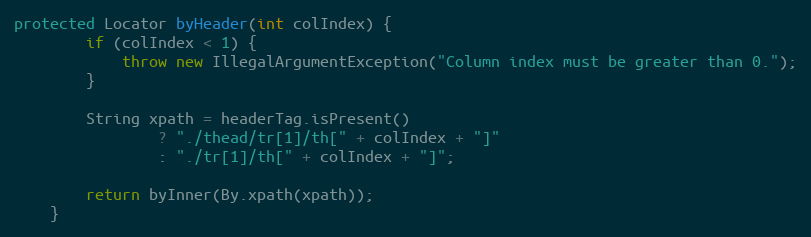
Language: Java
protected Locator byHeader(int colIndex) {
        if (colIndex < 1) {
            throw new IllegalArgumentException("Column index must be greater than 0.");
        }

        String xpath = headerTag.isPresent()
                ? "./thead/tr[1]/th[" + colIndex + "]"
                : "./tr[1]/th[" + colIndex + "]";

        return byInner(By.xpath(xpath));
    }